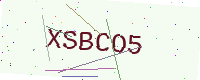
Text: XSBCO5